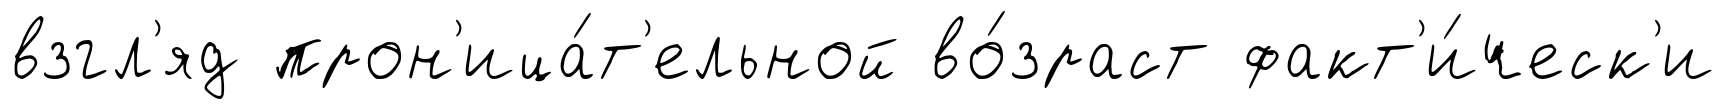
взгл'яд прон'ица́т'ельной во́зраст факт'и́ческ'и